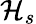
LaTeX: \mathcal{H}_{s}